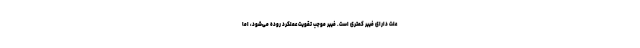
علت دارای فیبر کمتری است. فیبر موجب تقویت عملکرد روده می‌شود، اما